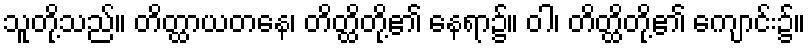
သူတို့သည်။ တိတ္ထာယတနေ၊ တိတ္ထိတို့၏ နေရာ၌။ ဝါ၊ တိတ္ထိတို့၏ ကျောင်း၌။